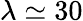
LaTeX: \lambda\simeq 30